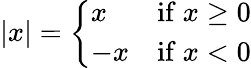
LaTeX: \textstyle|x|={\left\{ \begin{array}{ll}{x}&{{\mathrm{if~}}x\geq 0}\\ {-x}&{{\mathrm{if~}}x<0}\end{array}\right.}